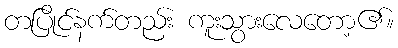
တပြိုင်နက်တည်း ကူးသွားလေတော့၏။